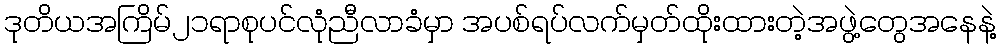
ဒုတိယအကြိမ်၂၁ရာစုပင်လုံညီလာခံမှာ အပစ်ရပ်လက်မှတ်ထိုးထားတဲ့အဖွဲ့တွေအနေနဲ့